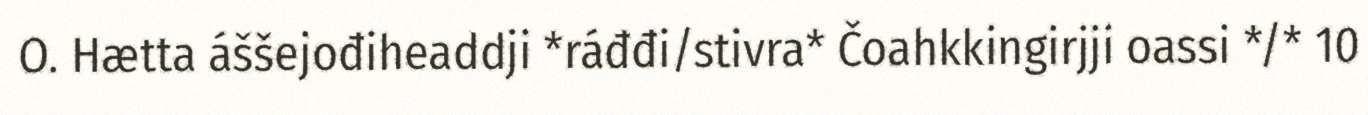
O. Hætta áššejođiheaddji *ráđđi/stivra* Čoahkkingirjji oassi */* 10